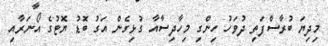
މިދިޔަ ބުރާސްފަތި ދުވަހު ހިންގި މިހާދިސާއާ ގުޅިގެން އަގު ބޮޑު ޔޮޓުގެ އޯނަރާއި